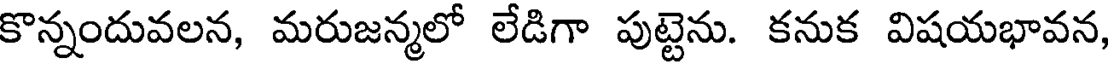
కొన్నందువలన, మరుజన్మలో లేడిగా పుట్టెను. కనుక విషయభావన,